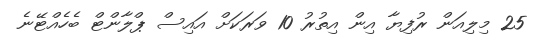
25 މިލިއަން ރުފިޔާ އިން އިތުރު 10 ވަރަކަށް އައިސް ޕްލާންޓް ބެހެއްޓޭނެ